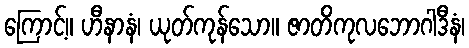
ကြောင့်။ ဟီနာနံ၊ ယုတ်ကုန်သော။ ဇာတိကုလဘောဂါဒီနံ၊